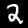
Digit: 2